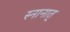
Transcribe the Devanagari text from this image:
स्नानात्